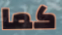
كما